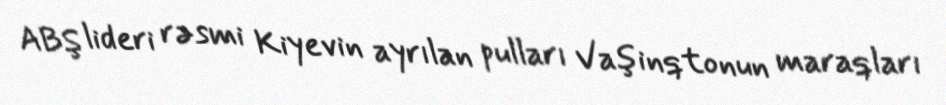
ABŞ lideri rəsmi Kiyevin ayrılan pulları Vaşinqtonun maraqları